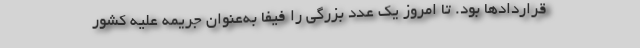
قراردادها بود. تا امروز یک عدد بزرگی را فیفا به‌عنوان جریمه علیه کشور